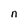
Character: n